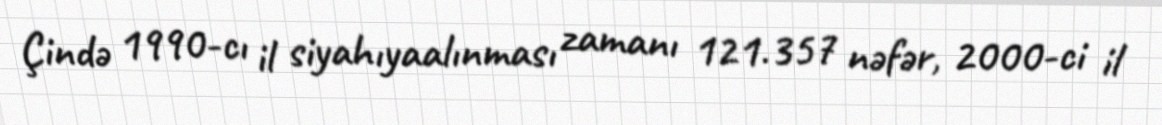
Çində 1990-cı il siyahıyaalınması zamanı 121.357 nəfər, 2000-ci il